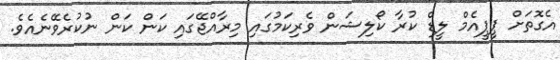
އެގޮތަށް ޕީޕީއެމް ލީޑް ކުރާ ކޯލިޝަން ވެރިކަމުގައި މިރާއްޖޭގައި ކަން ކަން ނުކުރެވޭނެއެވެ.